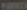
YORICK